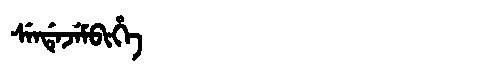
Manchu: ᠰᡝᠨᡩᡝᠵᡝᠮᠪᡳᡥᡝ
Romanization: SENDEJEMBIHE